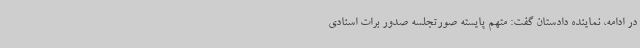
در ادامه، نماینده دادستان گفت: متهم پایسته صورتجلسه صدور برات اسنادی